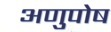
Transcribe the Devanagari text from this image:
अणुपोष